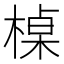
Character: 槕